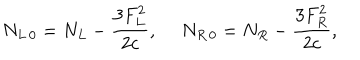
LaTeX: N _ { L \, 0 } = N _ { L } - { \frac { 3 F _ { L } ^ { 2 } } { 2 c } } , \ N _ { R \, 0 } = N _ { R } - { \frac { 3 F _ { R } ^ { 2 } } { 2 c } } ,